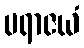
ပရာဇယံ